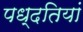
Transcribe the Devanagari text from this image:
पध्दतियां